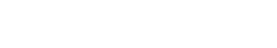
သစ်တစ်တုံးသို့ သုဉ်းခဲ့ပါကလား။